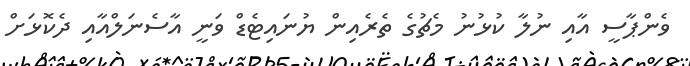
ވެންޕާސީ އާއި ނުލާ ކުޅުނު މެޗުގެ ތެރެއިން ޔުނައިޓެޑް ވަނީ އާސެނަލްއާއި ދެކޮޅަށް